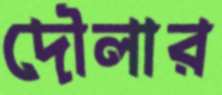
দৌলার